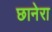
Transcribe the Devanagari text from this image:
छानेरा